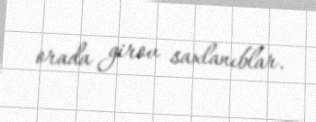
orada girov saxlanıblar.